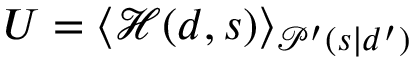
U = \langle { \mathcal { H } } ( d , s ) \rangle _ { { \mathcal { P } } ^ { \prime } ( s | d ^ { \prime } ) }